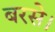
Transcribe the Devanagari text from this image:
बरसे।